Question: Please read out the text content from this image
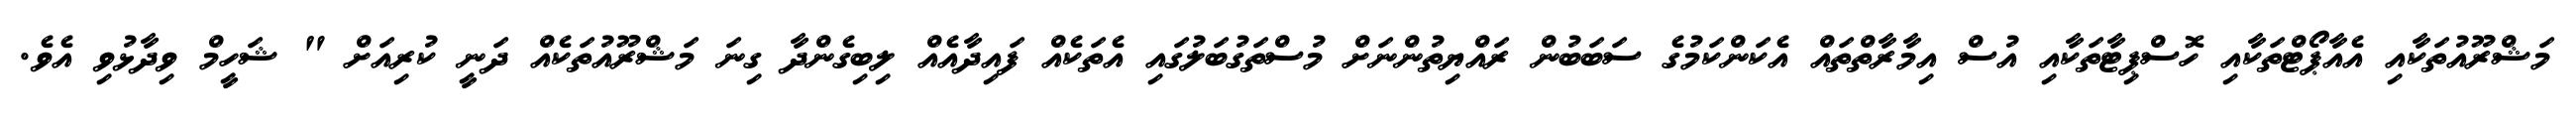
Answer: މަޝްރޫއުތަކާއި އެއާޕޯޓްތަކާއި ހޮސްޕިޓާތަކާއި އުސް އިމާރާތްތައް އެކަންކަމުގެ ސަބަބުން ރައްޔިތުންނަށް މުސްތަގުބަލުގައި އެތަކެއް ފައިދާއެއް ލިބިގެންދާ ގިނަ މަޝްރޫއުތަކެއް ދަނީ ކުރިއަށް " ޝަހީމް ވިދާޅުވި އެވެ.